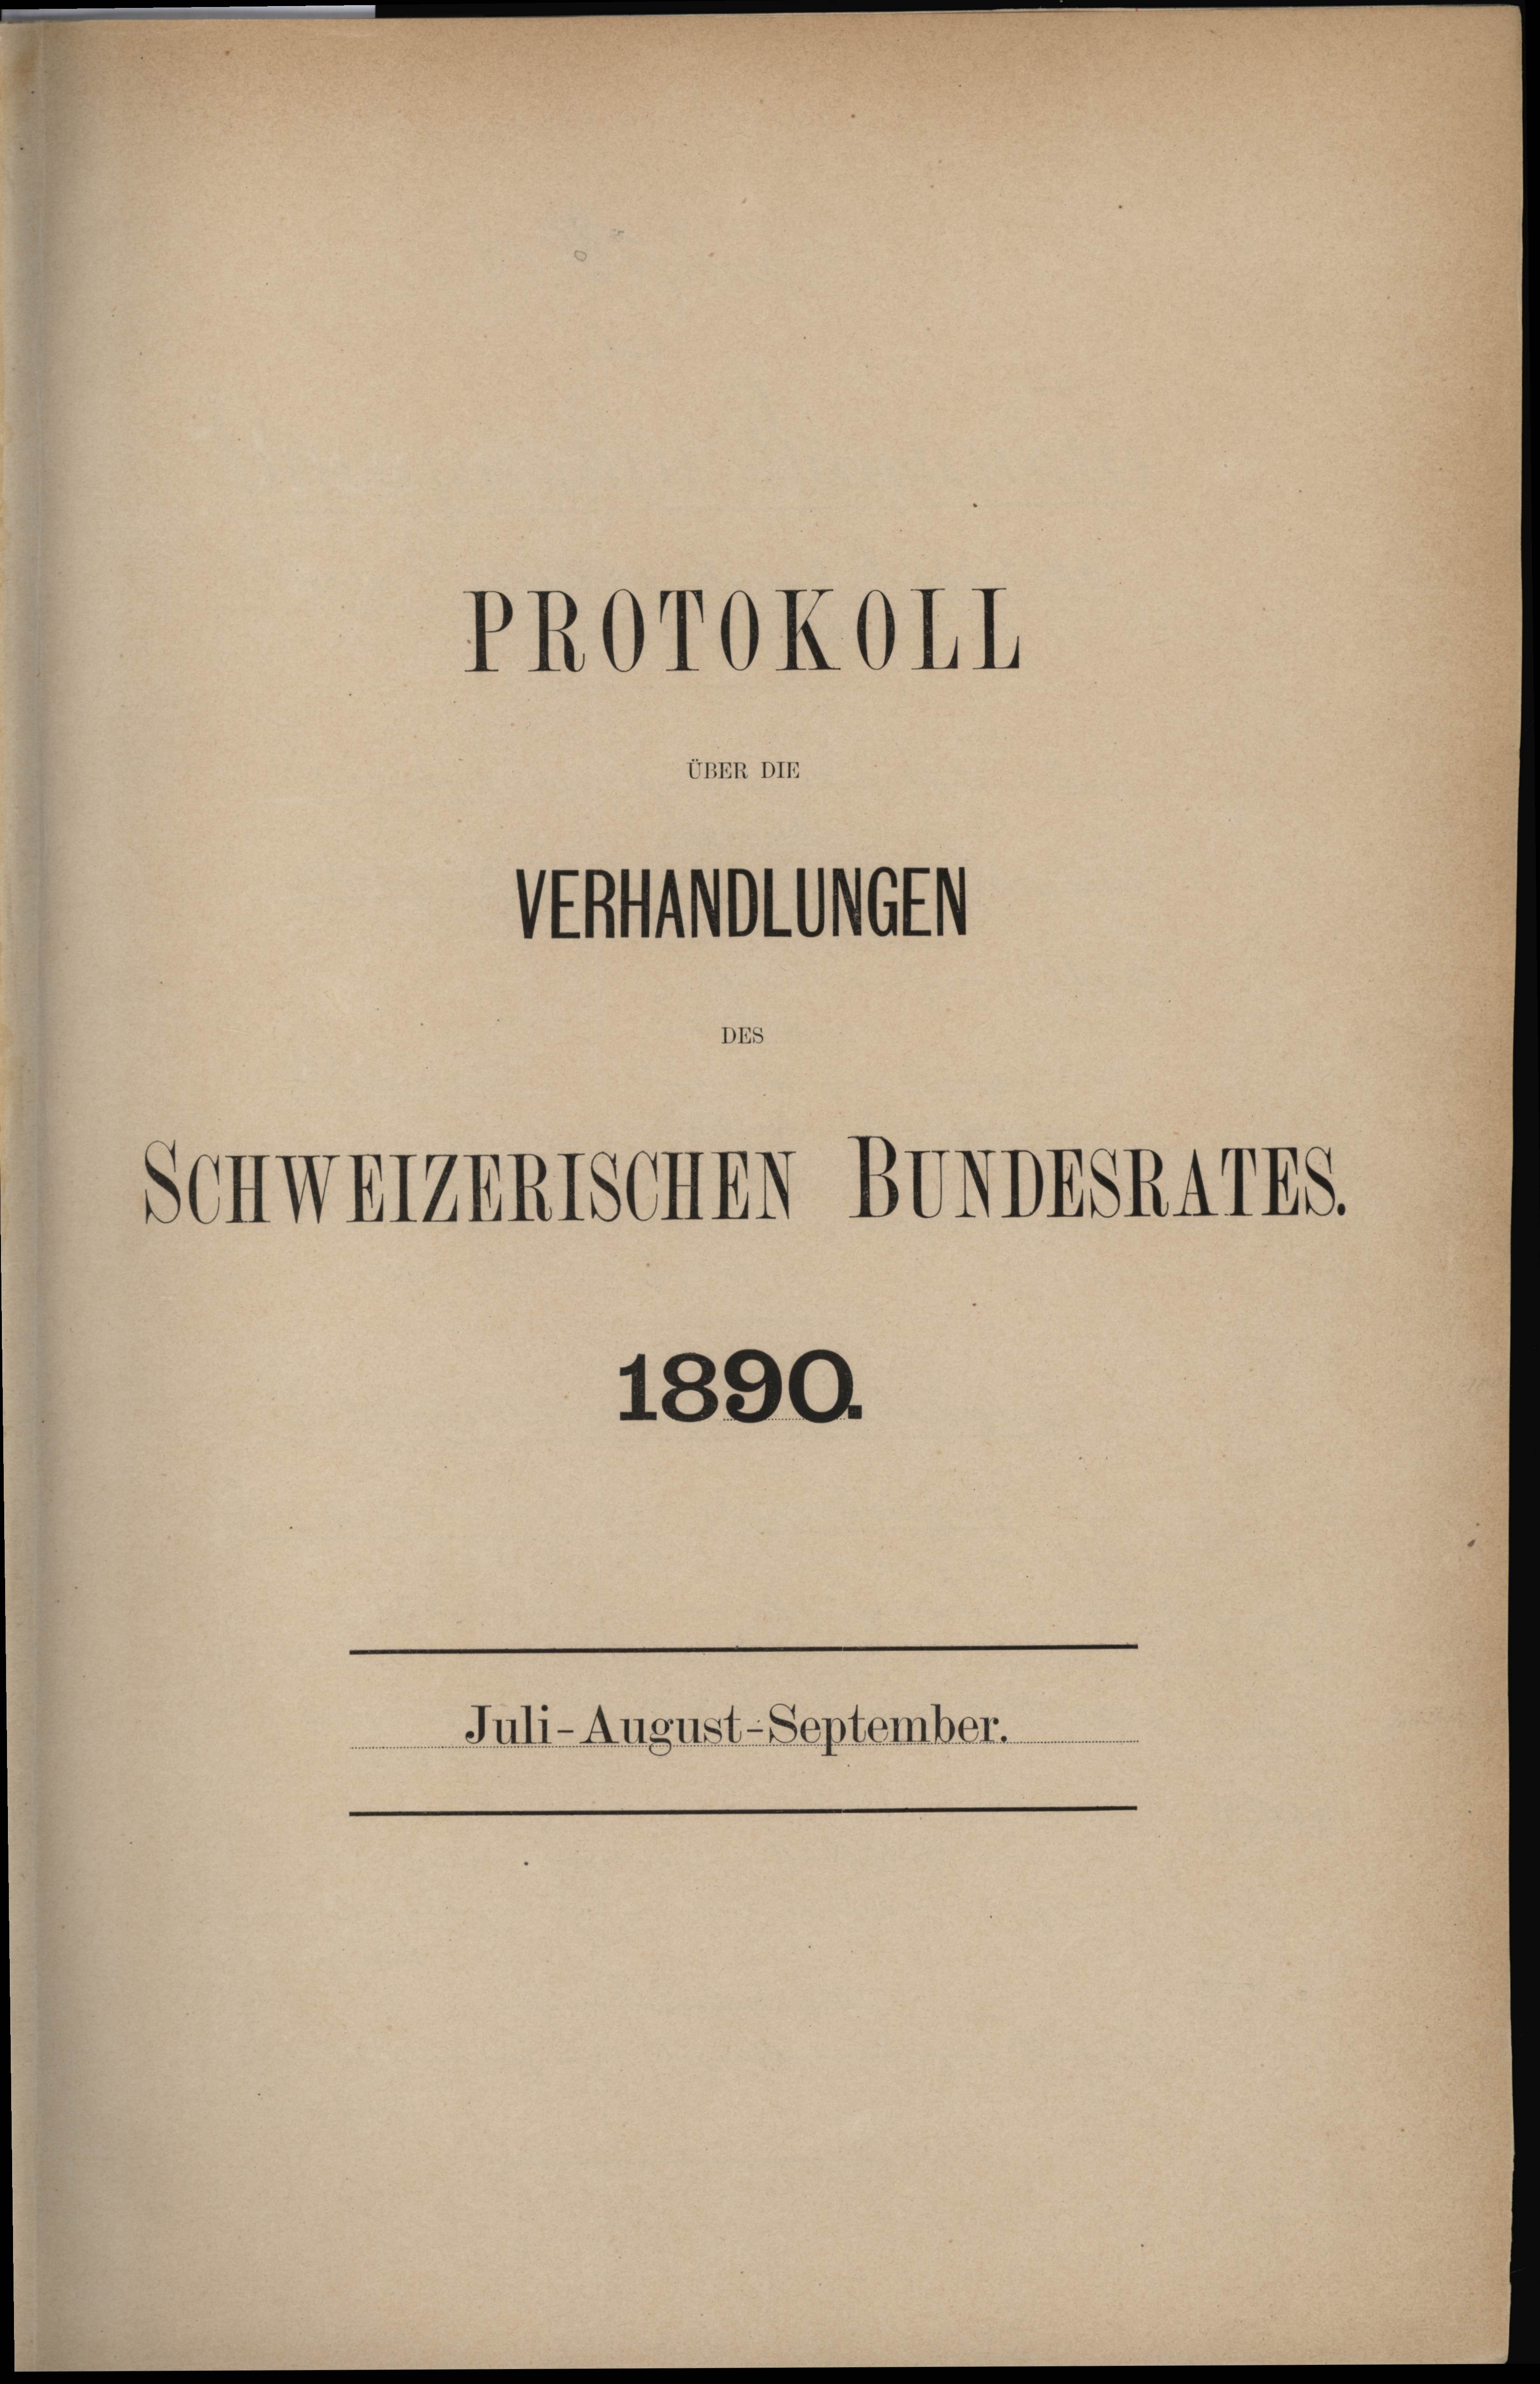
UBER DIE

PROrOKOLL

Statuten
Schweizerischen BUNDESRATES.

1890.

Juli-August-September.